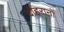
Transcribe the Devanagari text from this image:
दोहरानों